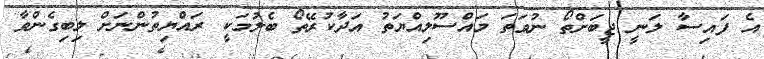
އެ ފައިސާ ލަނީ ޖީބަށްތޯ ނުވަތަ މައްސޫލިއްޔަތު އަދާކުރޭތޯ ބެލުމަކީ ރައްޔިތުންނަށް ލިބިގެންވާ